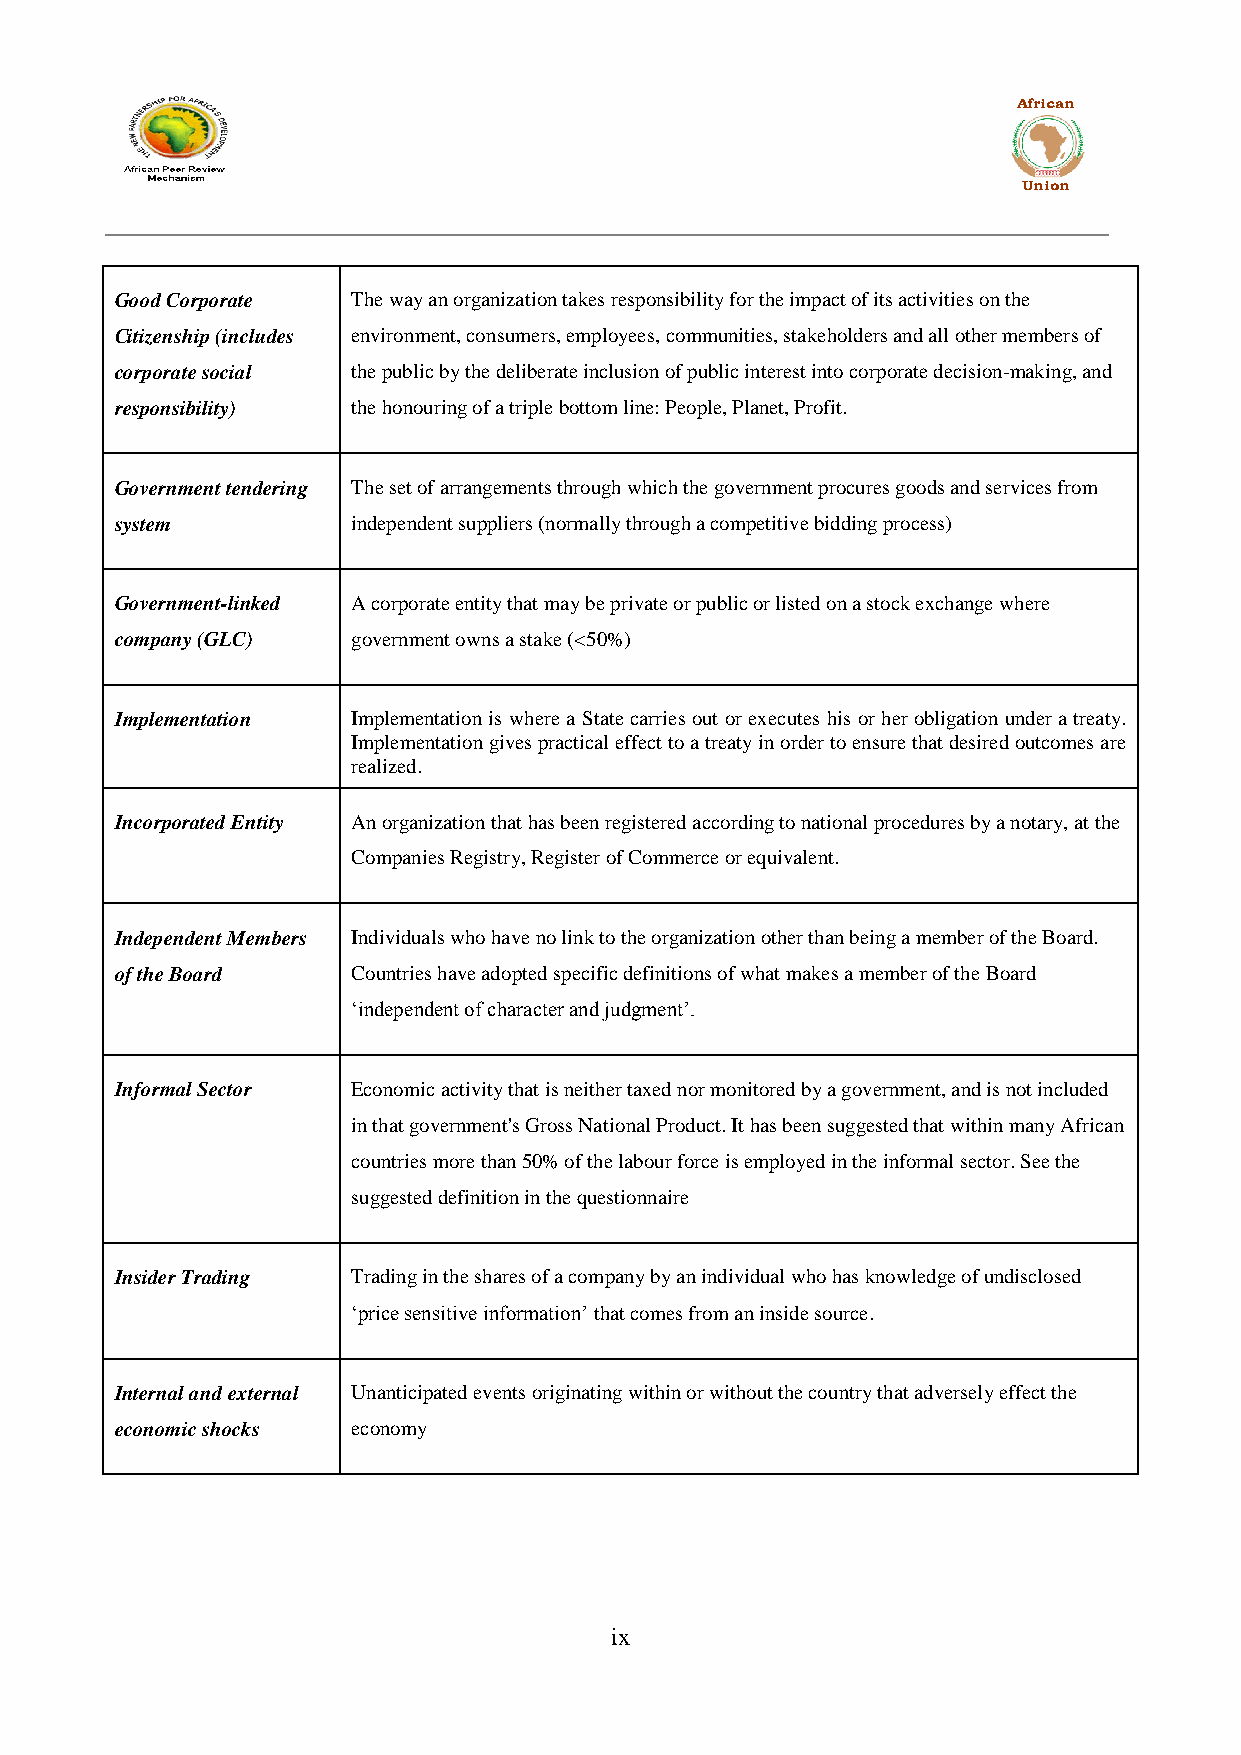
African
 Union
 Good Corporate The way an organization takes responsibility for the impact of its activities on the
 Citizenship (includes environment, consumers, employees, communities, stakeholders and all other members of
 corporate social the public by the deliberate inclusion of public interest into corporate decision-making, and
 responsibility) the honouring of a triple bottom line: People, Planet, Profit.
 Government tendering The set of arrangements through which the government procures goods and services from
 system         independent suppliers (normally through a competitive bidding process)
 Government-linked A corporate entity that may be private or public or listed on a stock exchange where
 company (GLC)  government owns a stake (<50%)
 Implementation Implementation is where a State carries out or executes his or her obligation under a treaty.
 Implementation gives practical effect to a treaty in order to ensure that desired outcomes are
 realized.
 Incorporated Entity An organization that has been registered according to national procedures by a notary, at the
 Companies Registry, Register of Commerce or equivalent.
 Independent Members Individuals who have no link to the organization other than being a member of the Board.
 of the Board   Countries have adopted specific definitions of what makes a member of the Board
 „independent of character and judgment‟.
 Informal Sector Economic activity that is neither taxed nor monitored by a government, and is not included
 in that government's Gross National Product. It has been suggested that within many African
 countries more than 50% of the labour force is employed in the informal sector. See the
 suggested definition in the questionnaire
 Insider Trading Trading in the shares of a company by an individual who has knowledge of undisclosed
 „price sensitive information‟ that comes from an inside source.
 Internal and external Unanticipated events originating within or without the country that adversely effect the
 economic shocks economy
 ix